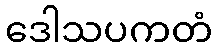
ဒေါသပကတံ